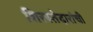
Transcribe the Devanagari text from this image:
शिरस्तेदारांची